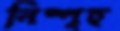
নিষ্পৃহ